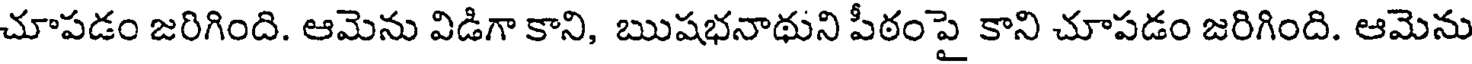
చూపడం జరిగింది. ఆమెను విడిగా కాని, ఋషభనాథుని పీఠంపై కాని చూపడం జరిగింది. ఆమెను